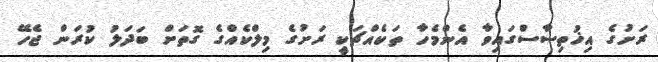
ރަށުގެ އިޚުތިސާސްގައިވާ އެންމެހާ ތަކެއްޗަކީ ރަށުގެ މިލްކެއްގެ ގޮތަށް ބަދަލު ކުރަން ޖެހޭ